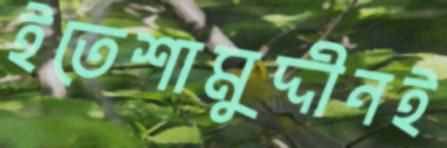
ইতেশামুদ্দীনই